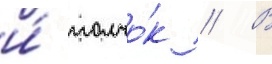
и́ толчо́к // В